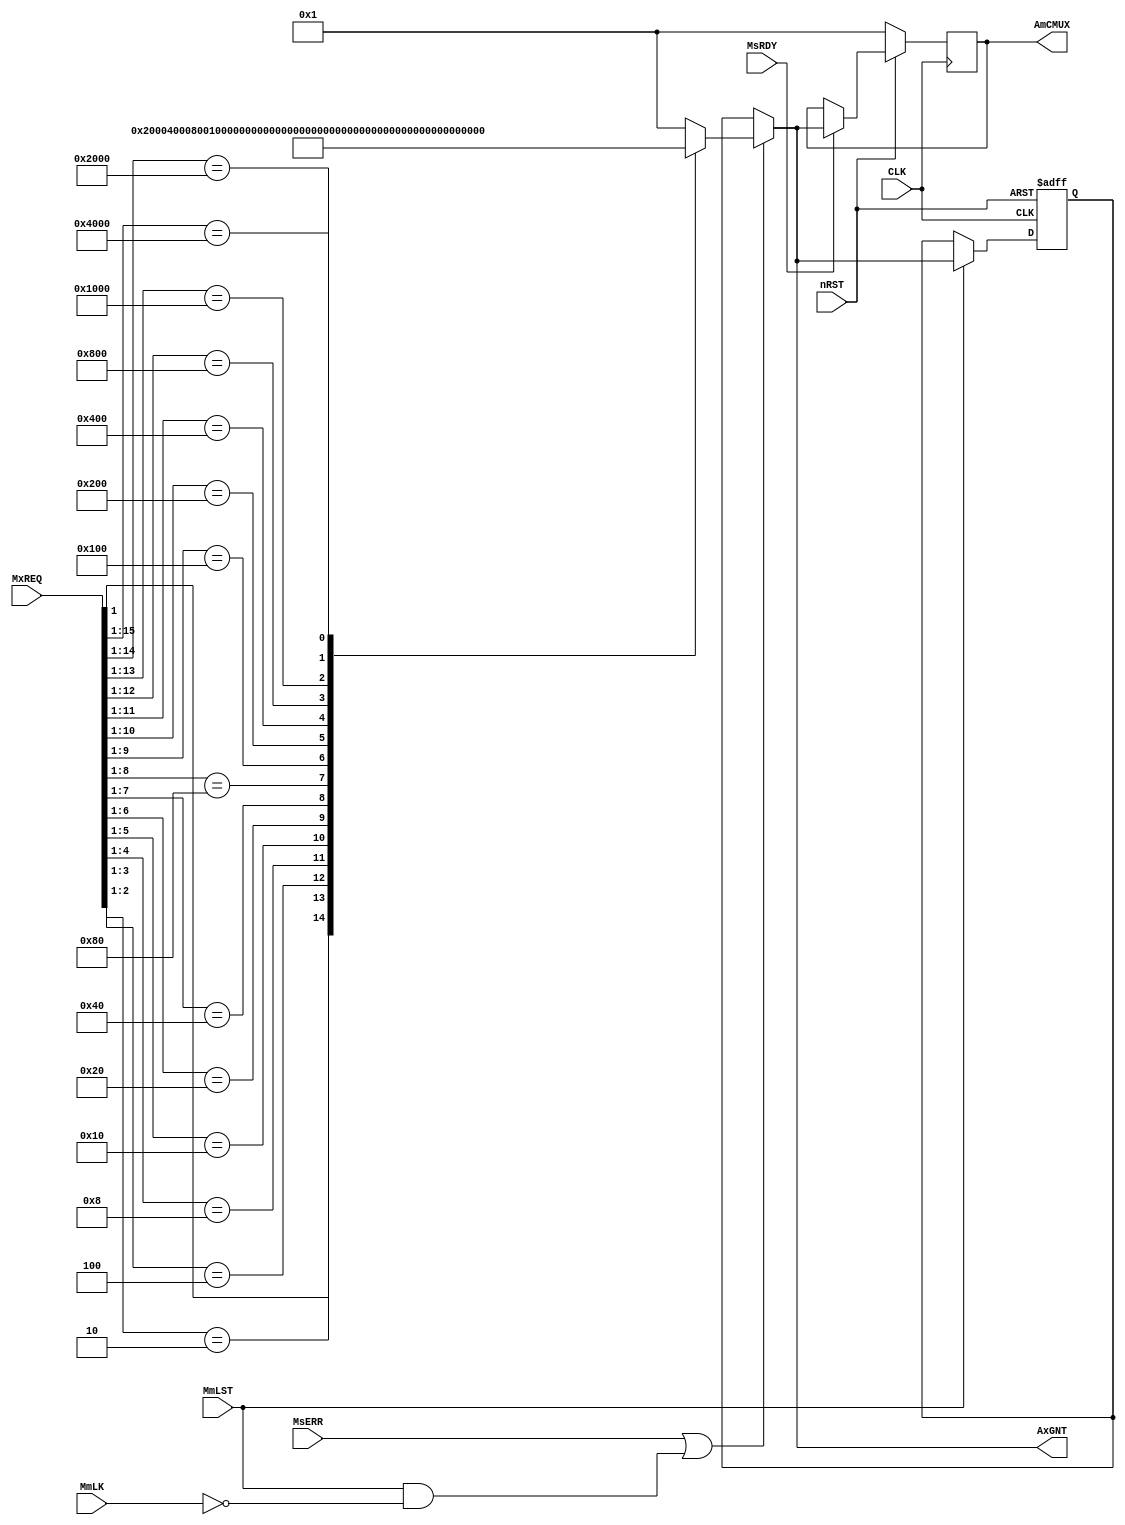
/****************************************************************************
*                                                                           *
*                                 Arbiter                                   *
*                                                                           *
*****************************************************************************/


module ABT (
	// Common Control Signals
	input	wire						CLK, 
	input	wire						nRST, 

	// Signals From Each Master
	input	wire		[15:0]			MxREQ, 			// MxREQ Signals

	// Signals From BUS ( Master -> Slave )
	input	wire						MmLK, 
	input	wire						MmLST, 

	// Signals From BUS ( Slave -> Master )
	input	wire						MsRDY, 
	input	wire						MsERR, 

	// Signals To Each Master
	output	wire		[15:0]			AxGNT, 			// Grant Signals for Masters

	// Signals To CMUX
	output	reg			[15:0]			AmCMUX
);

reg		[15:0]		L_GNT;
reg		[15:0]		NEXT_GNT;

wire				NEW_ABT;	


// Fixed Priority 
// The higher the # of Master is, The Higher the priority of the Master is.
always @*
begin
	casex (MxREQ)
		16'b0000_0000_0000_0001 : NEXT_GNT <= 16'b0000_0000_0000_0001;

		//16'b0000_0000_0000_001x : NEXT_GNT <= 16'b0000_0000_0000_0010;
		//16'b0000_0000_0000_01xx : NEXT_GNT <= 16'b0000_0000_0000_0100;
		//16'b0000_0000_0000_1xxx : NEXT_GNT <= 16'b0000_0000_0000_1000;
		//16'b0000_0000_0001_xxxx : NEXT_GNT <= 16'b0000_0000_0001_0000;
		//16'b0000_0000_001x_xxxx : NEXT_GNT <= 16'b0000_0000_0010_0000;
		//16'b0000_0000_01xx_xxxx : NEXT_GNT <= 16'b0000_0000_0100_0000;
		//16'b0000_0000_1xxx_xxxx : NEXT_GNT <= 16'b0000_0000_1000_0000;
		//16'b0000_0001_xxxx_xxxx : NEXT_GNT <= 16'b0000_0001_0000_0000;
		//16'b0000_001x_xxxx_xxxx : NEXT_GNT <= 16'b0000_0010_0000_0000;
		//16'b0000_01xx_xxxx_xxxx : NEXT_GNT <= 16'b0000_0100_0000_0000;
		//16'b0000_1xxx_xxxx_xxxx : NEXT_GNT <= 16'b0000_1000_0000_0000;
		//16'b0001_xxxx_xxxx_xxxx : NEXT_GNT <= 16'b0001_0000_0000_0000;
		//16'b001x_xxxx_xxxx_xxxx : NEXT_GNT <= 16'b0010_0000_0000_0000;
		//16'b01xx_xxxx_xxxx_xxxx : NEXT_GNT <= 16'b0100_0000_0000_0000;
		//16'b1xxx_xxxx_xxxx_xxxx : NEXT_GNT <= 16'b1000_0000_0000_0000;

		16'bxxxx_xxxx_xxxx_xx1x : NEXT_GNT <= 16'b0000_0000_0000_0010;
		16'bxxxx_xxxx_xxxx_x10x : NEXT_GNT <= 16'b0000_0000_0000_0100;
		16'bxxxx_xxxx_xxxx_100x : NEXT_GNT <= 16'b0000_0000_0000_1000;
		16'bxxxx_xxxx_xxx1_000x : NEXT_GNT <= 16'b0000_0000_0001_0000;
		16'bxxxx_xxxx_xx10_000x : NEXT_GNT <= 16'b0000_0000_0010_0000;
		16'bxxxx_xxxx_x100_000x : NEXT_GNT <= 16'b0000_0000_0100_0000;
		16'bxxxx_xxxx_1000_000x : NEXT_GNT <= 16'b0000_0000_1000_0000;
		16'bxxxx_xxx1_0000_000x : NEXT_GNT <= 16'b0000_0001_0000_0000;
		16'bxxxx_xx10_0000_000x : NEXT_GNT <= 16'b0000_0010_0000_0000;
		16'bxxxx_x100_0000_000x : NEXT_GNT <= 16'b0000_0100_0000_0000;
		16'bxxxx_1000_0000_000x : NEXT_GNT <= 16'b0000_1000_0000_0000;
		16'bxxx1_0000_0000_000x : NEXT_GNT <= 16'b0001_0000_0000_0000;
		16'bxx10_0000_0000_000x : NEXT_GNT <= 16'b0010_0000_0000_0000;
		16'bx100_0000_0000_000x : NEXT_GNT <= 16'b0100_0000_0000_0000;
		16'b1000_0000_0000_000x : NEXT_GNT <= 16'b1000_0000_0000_0000;

						default : NEXT_GNT <= 16'b0000_0000_0000_0001;
	endcase
end

always @ (posedge CLK or negedge nRST)
begin
	if(~nRST)			L_GNT <= 16'b1;
	else if(MmLST)		L_GNT <= AxGNT;
end

// Detect the time when New Arbitration is needed
//	1. Error Occur
//	2. Last Transfer of the selected non-locked transaction
assign		NEW_ABT = MsERR | (MmLST & (~MmLK));


assign		AxGNT	= (NEW_ABT == 1'b1) ? NEXT_GNT : L_GNT;


//always @ (posedge CLK or negedge nRST)
always @ (posedge CLK)
begin
	if(~nRST)			AmCMUX <= 16'b1;	
	else if(MsRDY)		AmCMUX <= AxGNT;
end

endmodule